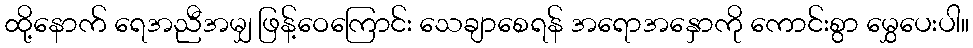
ထို့နောက် ရေအညီအမျှ ဖြန့်ဝေကြောင်း သေချာစေရန် အရောအနှောကို ကောင်းစွာ မွှေပေးပါ။